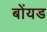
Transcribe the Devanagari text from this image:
बोंयड